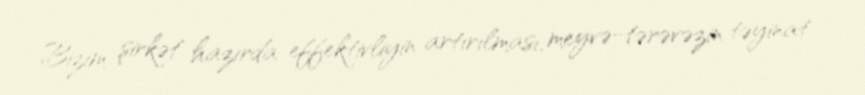
Bizim şirkət hazırda effektivliyin artırılması, meyvə-tərəvəzin təyinat